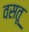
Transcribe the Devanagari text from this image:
वसतू